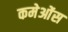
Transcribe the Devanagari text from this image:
कमेओंस